Illuka_vallavalitsus, lk 6
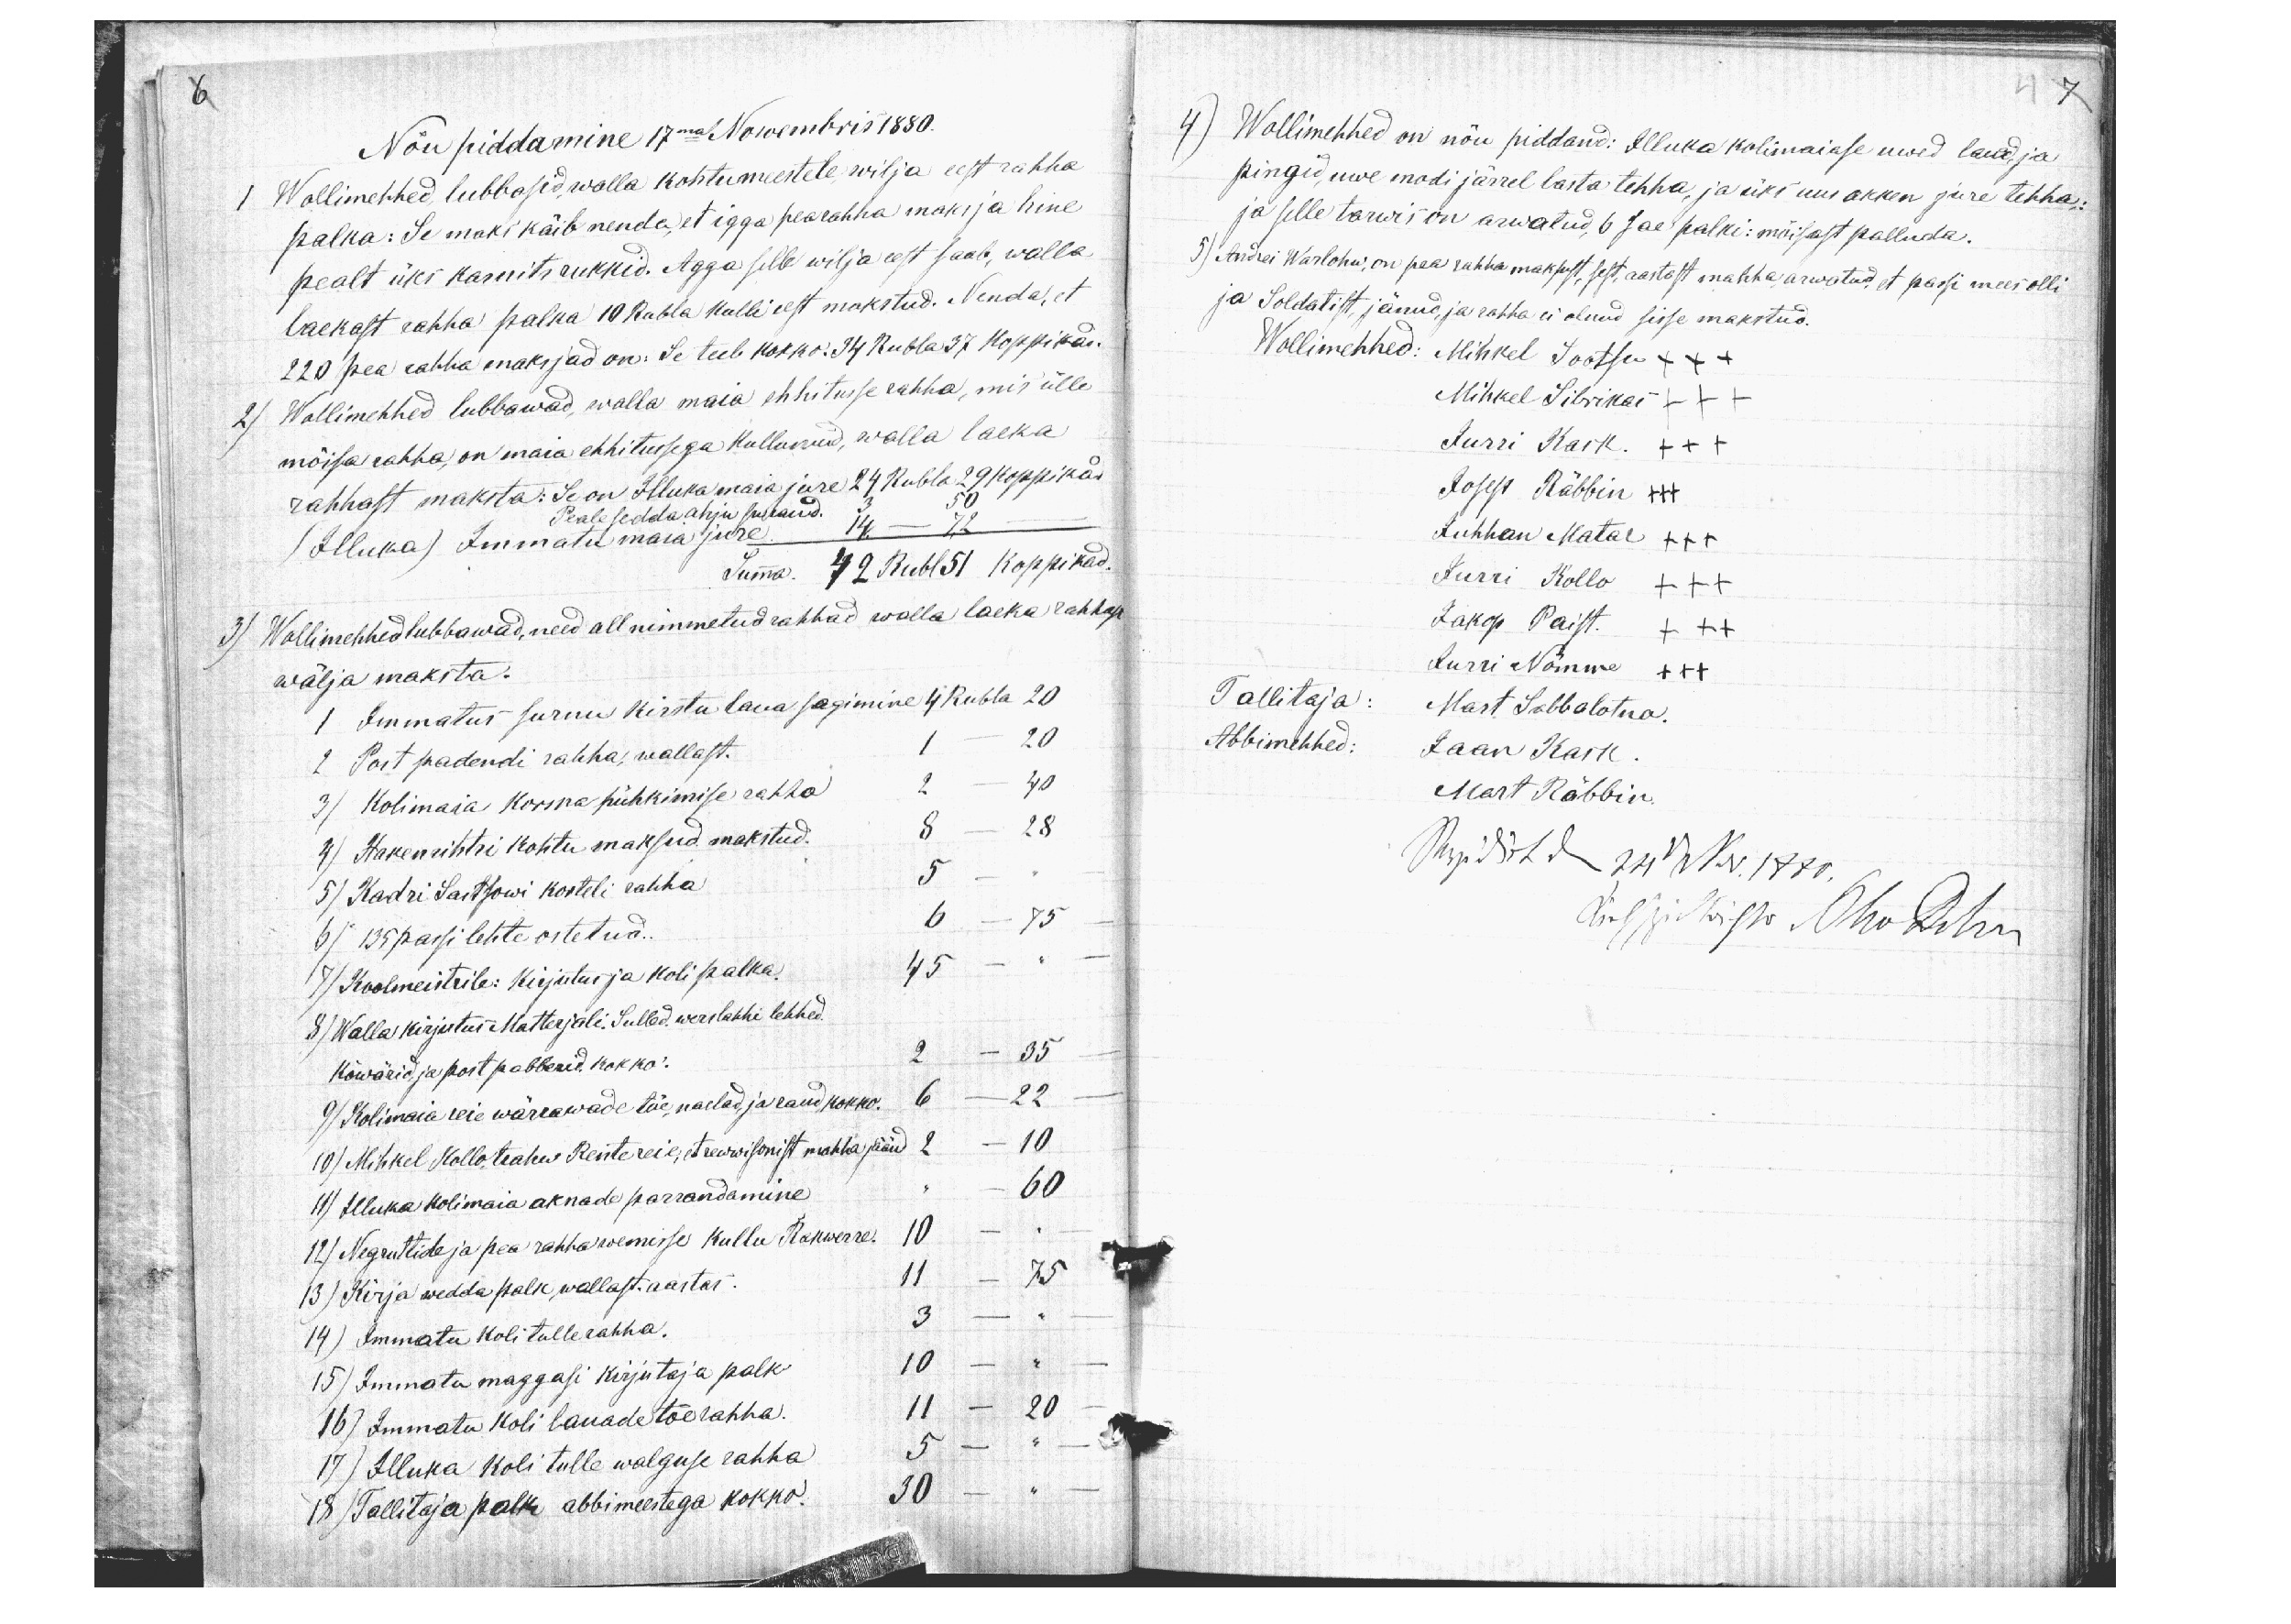
4 7

Nõu piddamine 17mal Nowembris 1880.
1. Wollimehhed, lubbasid, walla kohtumeestele, wilja eest rahha
palka: Se maks käib nenda, et igga pearahha maksja hine
pealt üks karnits rukkid. Agga selle wilja eest saab, walla
laekast rahha palka 10 Rubla kulli eest makstud. Nenda, et
220 pea rahha maksjad on. Se teeb kokko: 34 Rubla 37 koppikad.
2) Wollimehhed lubbawad, walla maia ehhitusse rahha, mis ülle
mõisa rahha, on maia ehhitussega kullunud, walla laeka
rahhast maksta: Se on Illuka maia jure 24 Rubla 29 koppikad
Peale sedda ahju parand. 3 50
(Illuka) Immatu maia jure. 14. - 72 -
Summa. 42 Rubl 51 koppikad.
3) Wollimehhed lubbawad, need all nimmetud rahhad walla laeka rahhast
wälja maksta.
1. Immatus surnu kirstu laua sagimine 4 Rubla 20
2 Post padendi rahha, wallast. 1 - 20
3) Kolimaia korsna pühkimise rahha 2 - 40
4) Hakenrihtri kohtu maksud makstud. 8 - 28
5) Kadri Saitsowi korteli rahha 5 - " -
6) 135 passi lehte ostetud. 6 - 75 -
7) Koolmeistrile: kirjutus ja koli palka. 45 - " -
8) Walla kirjutus Matterjali. Sullad. werslahhi lehhed.
Kõwärid ja post pabberid. kokko: 2 - 35 -
9) Kolimaia reie wärrawade töe, naelad, ja raud, kokko. 6 - 22 -
10) Mihkel Kollo, trahw Rentereie, et rewwisonist mahha jäänd 2 - 10
11) Illuka kolimaia aknade parrandamine " - 60
12) Negruttide ja pea rahha wemisse kullu Rakwerre. 10 - " -
13) Kirja wedda palk, wallast. aastas. 11 - 75
14) Immatu koli tulle rahha. 3 - " -
15) Immatu maggasi kirjutaja palk 10 - " -
16) Immatu koli lauade töe rahha. 11 - 20 -
17) Illuka koli tulle walguse rahha 5 - " -
18) Tallitaja palk abbimeestega kokko. 30 - " -

4) Wollimehhed on nõu piddand: Illuka kolimaiase uwed laud, ja
pingid, uwe modi järrel lasta tehha, ja üks uus akken jure tehha:
ja selle tarwis on arwatud, 6 sae palki: mõisast palluda.
5) Andrei Warlohw, on pea rahha maksust, sest, aastast mahha arwatud, et passi mees olli
ja Soldatist, jänud, ja rahha ei olnud sisse makstud.
Wollimehhed: Mihkel Sootsu xxx
Mihkel Sibrikas XXX
Jurri Kask. XXX
Josep Räbbin XXX
Juhhan Matar XXX
Jurri Kollo XXX
Jakop Paist. XXX
Jurri Nõmme XXX
Tallitaja: Mart Sabbalotna.
Abbimehhed: Jaan Kask.
Mart Räbbin